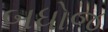
બધોજ